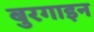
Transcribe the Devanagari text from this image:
बुरगाइन